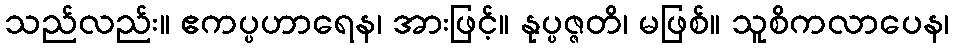
သည်လည်း။ ဧကပ္ပဟာရေန၊ အားဖြင့်။ နုပ္ပဇ္ဇတိ၊ မဖြစ်။ သူစိကလာပေန၊